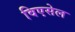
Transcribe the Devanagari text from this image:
विएसेल